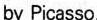
by Picasso.